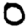
Digit: 0